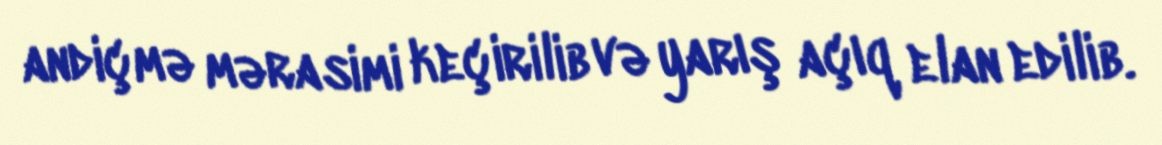
andiçmə mərasimi keçirilib və yarış açıq elan edilib.